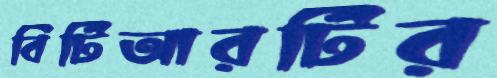
বিটিআরটির